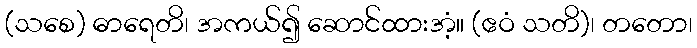
(သစေ) ဓာရေတိ၊ အကယ်၍ ဆောင်ထားအံ့။ (ဧဝံ သတိ)၊ တတော၊